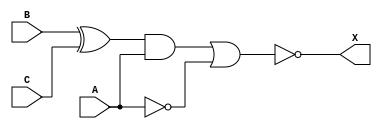
//Castillo, Joaquin Iverson M.
//2020759

module circuit1_1(A,B,C,X);
     input      A,B,C;
     output     X;
     wire       wire1,wire2,wire3;

     not        NOT(wire2,A);
     xor        EOR(wire1,B,C);
     and        AND2(wire3,wire1,A);
     nor        NOR2(X,wire3,wire2);
endmodule

module testbench1_1; 

     reg        A,B,C;
     wire       Z;
     circuit1_1 tb1(A,B,C,Z);
     initial
     begin 
             A=1'b0;B=1'b0;C=1'b0;
             $display("Simulating output for circuit1_1");
             $monitor("A=%b B=%b C=%b Z=%b",A,B,C,Z);

             #2 A=1'b0; B=1'b0; C=1'b1;
             #1 A=1'b0; B=1'b1; C=1'b0;
             #1 A=1'b0; B=1'b1; C=1'b1;
             #1 A=1'b1; B=1'b0; C=1'b0;
             #1 A=1'b1; B=1'b0; C=1'b1;
             #1 A=1'b1; B=1'b1; C=1'b0;
             #1 A=1'b1; B=1'b1; C=1'b1;
             #2 $finish;
    end
endmodule